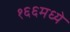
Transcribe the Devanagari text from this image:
१६६मध्ये